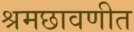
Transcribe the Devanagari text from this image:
श्रमछावणीत